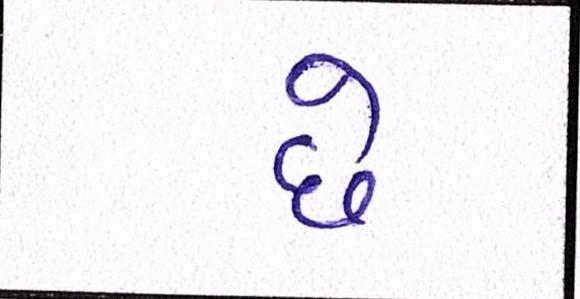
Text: છેઃ